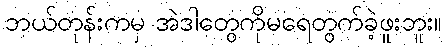
ဘယ်တုန်းကမှ အဲဒါတွေကိုမရေတွက်ခဲ့ဖူးဘူး။